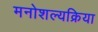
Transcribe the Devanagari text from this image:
मनोशल्यक्रिया